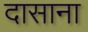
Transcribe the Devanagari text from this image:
दासाना